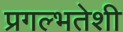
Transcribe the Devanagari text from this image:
प्रगल्भतेशी